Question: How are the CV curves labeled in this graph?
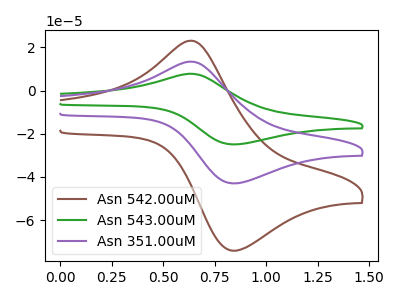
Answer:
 <answer>The brown curve is labeled "Asn 542.00uM". The green curve is labeled "Asn 543.00uM". The purple curve is labeled "Asn 351.00uM".</answer>
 <eval></eval>